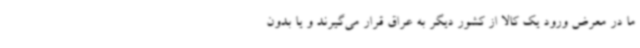
ما در معرض ورود یک کالا از کشور دیگر به عراق قرار می‌گیرند و یا بدون